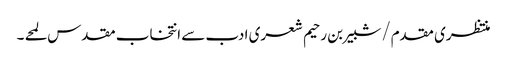
منتظری مقدم/شبیر بن رحیم شعری ادب سے انتخاب مقدس لمحے ۔